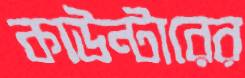
কাউন্টারের